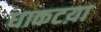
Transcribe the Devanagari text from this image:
धाकटय़ा